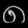
Digit: ၈